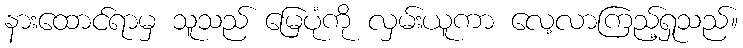
နားထောင်ရာမှ သူသည် မြေပုံကို လှမ်းယူကာ လေ့လာကြည့်ရှုသည်။